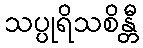
သပ္ပုရိသစိန္တီ